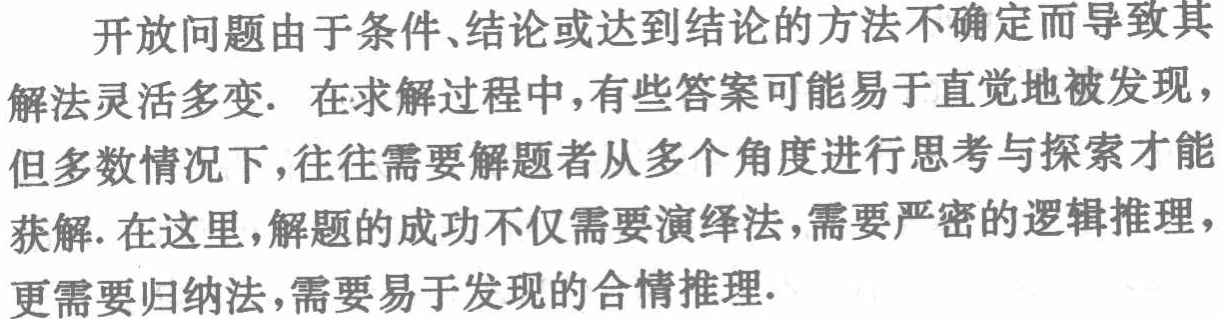
开放问题由于条件、结论或达到结论的方法不确定而导致其解法灵活多变. 在求解过程中,有些答案可能易于直觉地被发现，但多数情况下,往往需要解题者从多个角度进行思考与探索才能获解. 在这里,解题的成功不仅需要演绎法,需要严密的逻辑推理，更需要归纳法,需要易于发现的合情推理.